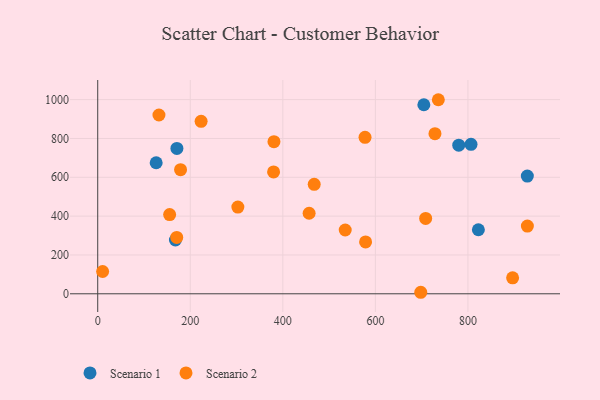
{"axis": {"x": "Study Hours", "y": "Fuel Efficiency"}, "legend": ["Scenario 1", "Scenario 2"], "data": [{"x": "928.3", "y": 606.3, "type": "Scenario 1"}, {"x": "167.9", "y": 277.1, "type": "Scenario 1"}, {"x": "780.1", "y": 765.2, "type": "Scenario 1"}, {"x": "806.6", "y": 770.0, "type": "Scenario 1"}, {"x": "126.3", "y": 674.8, "type": "Scenario 1"}, {"x": "171.1", "y": 748.7, "type": "Scenario 1"}, {"x": "704.7", "y": 973.6, "type": "Scenario 1"}, {"x": "822.5", "y": 329.7, "type": "Scenario 1"}, {"x": "698.0", "y": 7.8, "type": "Scenario 2"}, {"x": "223.4", "y": 888.1, "type": "Scenario 2"}, {"x": "928.4", "y": 348.5, "type": "Scenario 2"}, {"x": "534.8", "y": 328.6, "type": "Scenario 2"}, {"x": "132.3", "y": 920.8, "type": "Scenario 2"}, {"x": "736.0", "y": 999.5, "type": "Scenario 2"}, {"x": "456.8", "y": 414.7, "type": "Scenario 2"}, {"x": "302.8", "y": 446.7, "type": "Scenario 2"}, {"x": "708.6", "y": 387.9, "type": "Scenario 2"}, {"x": "728.7", "y": 824.5, "type": "Scenario 2"}, {"x": "577.6", "y": 805.6, "type": "Scenario 2"}, {"x": "155.4", "y": 408.1, "type": "Scenario 2"}, {"x": "380.0", "y": 627.7, "type": "Scenario 2"}, {"x": "10.6", "y": 114.9, "type": "Scenario 2"}, {"x": "380.8", "y": 783.2, "type": "Scenario 2"}, {"x": "179.0", "y": 639.1, "type": "Scenario 2"}, {"x": "896.5", "y": 82.1, "type": "Scenario 2"}, {"x": "467.8", "y": 563.8, "type": "Scenario 2"}, {"x": "170.7", "y": 290.3, "type": "Scenario 2"}, {"x": "578.8", "y": 267.3, "type": "Scenario 2"}]}